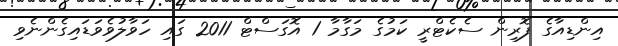
އިންޑިއާގެ ފޮރިން ސެކެޓްރީ ކަމުގެ މަގާމާ 1 އޮގަސްޓް 2011 ގައި ހަވާލުވެވަޑައިގެންނެވި